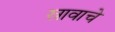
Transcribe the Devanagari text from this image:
स्रावाचे